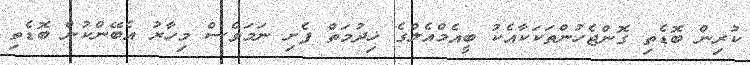
ކުރިން ބޮޑެތި ގޮންޖެހުންތަކަކާއެކު ބީއެމްއެލްގެ ޚިދުމަތް ފެށި ނަމަވެސް މިހާރު އެބޭންކުން ބޮޑެތި